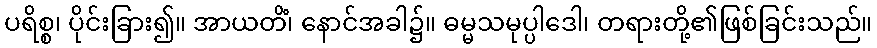
ပရိစ္စ၊ ပိုင်းခြား၍။ အာယတိံ၊ နောင်အခါ၌။ ဓမ္မသမုပ္ပါဒေါ၊ တရားတို့၏ဖြစ်ခြင်းသည်။